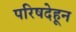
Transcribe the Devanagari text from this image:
परिषदेहून